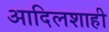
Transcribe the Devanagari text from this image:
आदिलशाही